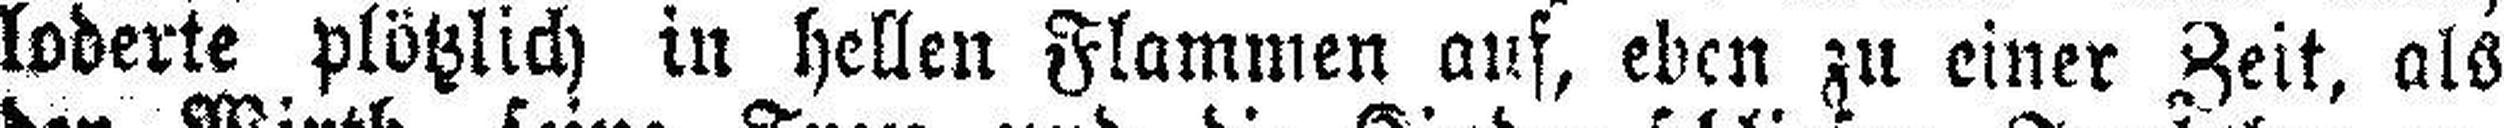
loderte plötzlich in hellen Flammen auf, eben zu einer Zeit, als